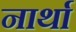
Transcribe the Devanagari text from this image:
नार्था